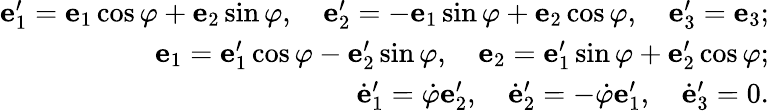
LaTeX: \begin{array}{r}{{\mathbf e}_{1}^{\prime}={\mathbf e}_{1}\cos\varphi+{\mathbf e}_{2}\sin\varphi,\quad{\mathbf e}_{2}^{\prime}=-{\mathbf e}_{1}\sin\varphi+{\mathbf e}_{2}\cos\varphi,\quad{\mathbf e}_{3}^{\prime}={\mathbf e}_{3};}\\ {{\mathbf e}_{1}={\mathbf e}_{1}^{\prime}\cos\varphi-{\mathbf e}_{2}^{\prime}\sin\varphi,\quad{\mathbf e}_{2}={\mathbf e}_{1}^{\prime}\sin\varphi+{\mathbf e}_{2}^{\prime}\cos\varphi;}\\ {\dot{\mathbf e}_{1}^{\prime}=\dot{\varphi}{\mathbf e}_{2}^{\prime},\quad\dot{\mathbf e}_{2}^{\prime}=-\dot{\varphi}{\mathbf e}_{1}^{\prime},\quad\dot{\mathbf e}_{3}^{\prime}=0.}\end{array}